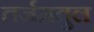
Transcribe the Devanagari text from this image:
तर्जमतुल